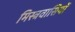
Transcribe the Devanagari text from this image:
मिस्त्रवासियों